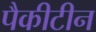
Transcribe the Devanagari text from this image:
पैकीटीन